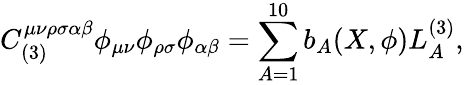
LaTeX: C_{(3)}^{\mu\nu\rho\sigma\alpha\beta}\phi_{\mu\nu}\phi_{\rho\sigma}\phi_{\alpha\beta}=\sum_{A=1}^{10}b_{A}(X,\phi)L_{A}^{(3)},